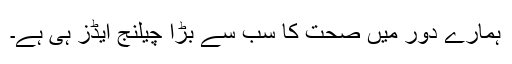
ہمارے دور میں صحت کا سب سے بڑا چیلنج ایڈز ہی ہے۔